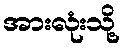
အားလုံးသို့